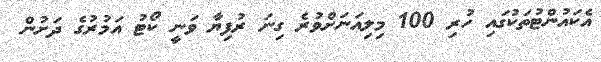
އެކައުންޓުތަކުގައި ހުރި 100 މިލިއަނަށްވުރެ ގިނަ ރުފިޔާ ވަނީ ކޯޓު އަމުރުގެ ދަށުން